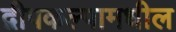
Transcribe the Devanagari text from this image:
द्वीपकल्पामधील